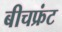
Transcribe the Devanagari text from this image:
बीचफ्रंट